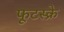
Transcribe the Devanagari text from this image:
फूटस्क्रे